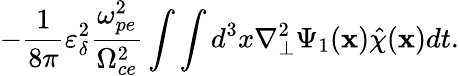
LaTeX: -\frac{1}{8\pi}\varepsilon_{\delta}^{2}\frac{\omega_{pe}^{2}}{\Omega_{ce}^{2}}\int\int d^{3}x\nabla_{\perp}^{2}\Psi_{1}(\textbf{x})\hat{\chi}(\textbf{x})dt.